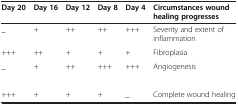
| Day 20 | Day 16 | Day 12 | Day 8 | Day 4 | Circumstances wound healing progresses |
 | --- | --- | --- | --- | --- | --- |
 | _ | + | ++ | ++ | +++ | Severity and extent of inflammation |
 | +++ | ++ | + | + | + | Fibroplasia |
 | _ | + | ++ | +++ | +++ | Angiogenesis |
 |  |  |  |  |  |  |
 | +++ | + | + | + | _ | Complete wound healing |